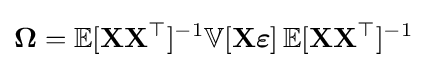
\mathbf {\Omega } =\mathbb {E} [\mathbf {X} \mathbf {X} ^{\top }]^{-1}\mathbb {V} [\mathbf {X} {\boldsymbol {\varepsilon }}]\operatorname {\mathbb {E} } [\mathbf {X} \mathbf {X} ^{\top }]^{-1}